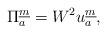
LaTeX: \begin{align*}\Pi^{\underline{m}}_{{a}} =W^2u_{a}^{\underline{m}},\end{align*}